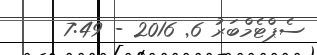
ސެޕްޓެމްބަރު 6